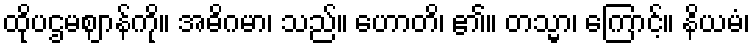
ထိုပဌမဈာန်ကို။ အဓိဂမာ၊ သည်။ ဟောတိ၊ ၏။ တသ္မာ၊ ကြောင့်။ နိယမံ၊